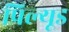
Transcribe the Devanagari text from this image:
प्रिल्यूड